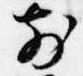
前